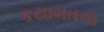
કયામતના